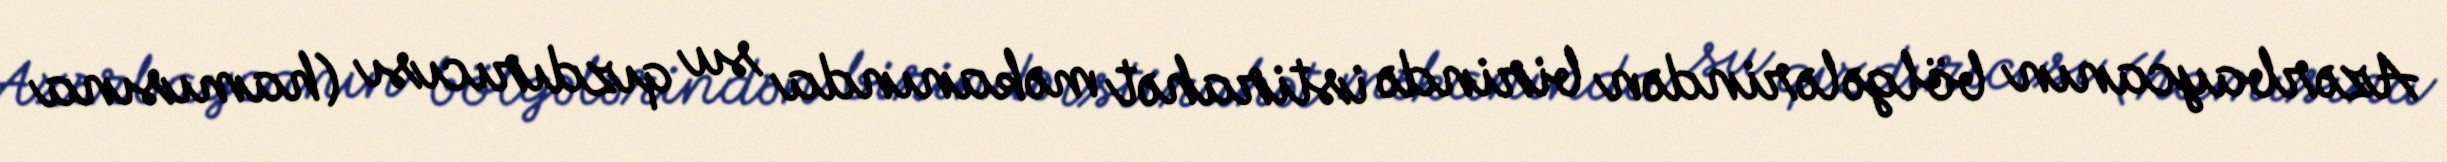
Azərbaycanın bölgələrindən birində istirahət məkanında su qızdırıcısı (hamısına